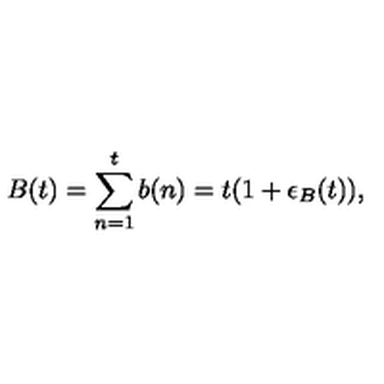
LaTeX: B ( t ) = \sum _ { n = 1 } ^ { t } b ( n ) = t ( 1 + \epsilon _ { B } ( t ) ) ,